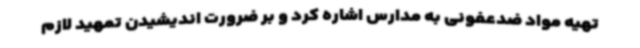
تهیه مواد ضدعفونی به مدارس اشاره کرد و بر ضرورت اندیشیدن تمهید لازم